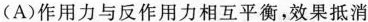
(A)作用力与反作用力相互平衡，效果抵消